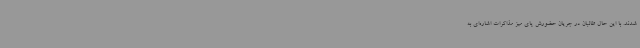
شدند. با این حال طالبان در جریان حضورش پای میز مذاکرات اشاره‌ای به